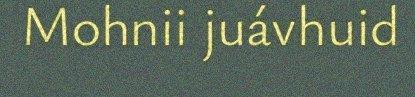
Mohnii juávhuid